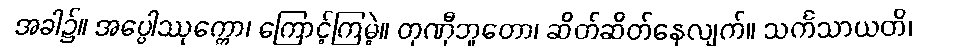
အခါ၌။ အပ္ပေါဿုက္ကော၊ ကြောင့်ကြမဲ့။ တုဏှီဘူတော၊ ဆိတ်ဆိတ်နေလျက်။ သင်္ကသာယတိ၊